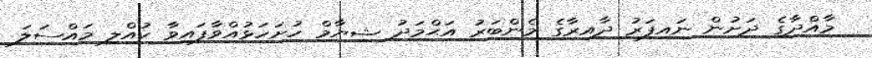
މާއްދާގެ ދަށުން ނައިފަރު ދާއިރާގެ މެންބަރު އަޙްމަދު ޝިޔާމް ހުށަހަޅުއްވާފައިވާ ކުއްލި މައްސަލަ